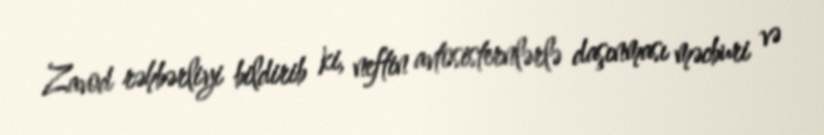
Zavod rəhbərliyi bildirib ki, neftin avtosisternlərlə daşınması məcburi və